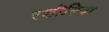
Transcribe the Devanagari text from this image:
रशीदिया